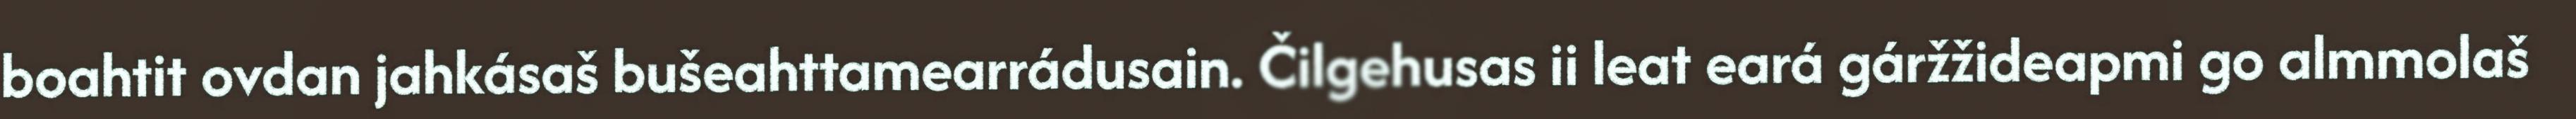
boahtit ovdan jahkásaš bušeahttamearrádusain. Čilgehusas ii leat eará gáržžideapmi go almmolaš